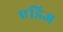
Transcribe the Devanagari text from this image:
एडिज